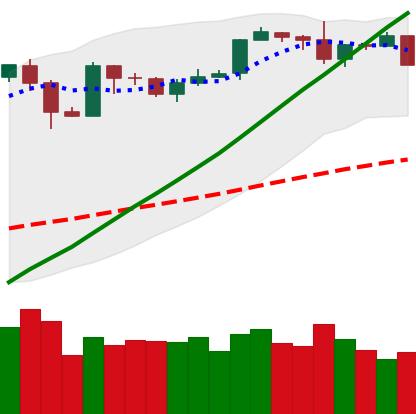
Ticker: BTC-USD
Chart end date: 2019-06-03
Forward return: -3.105%
Label: down_3_5